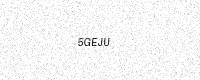
Text: 5GEJU